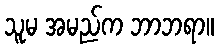
သူမ အမည်က ဘာဘရာ။